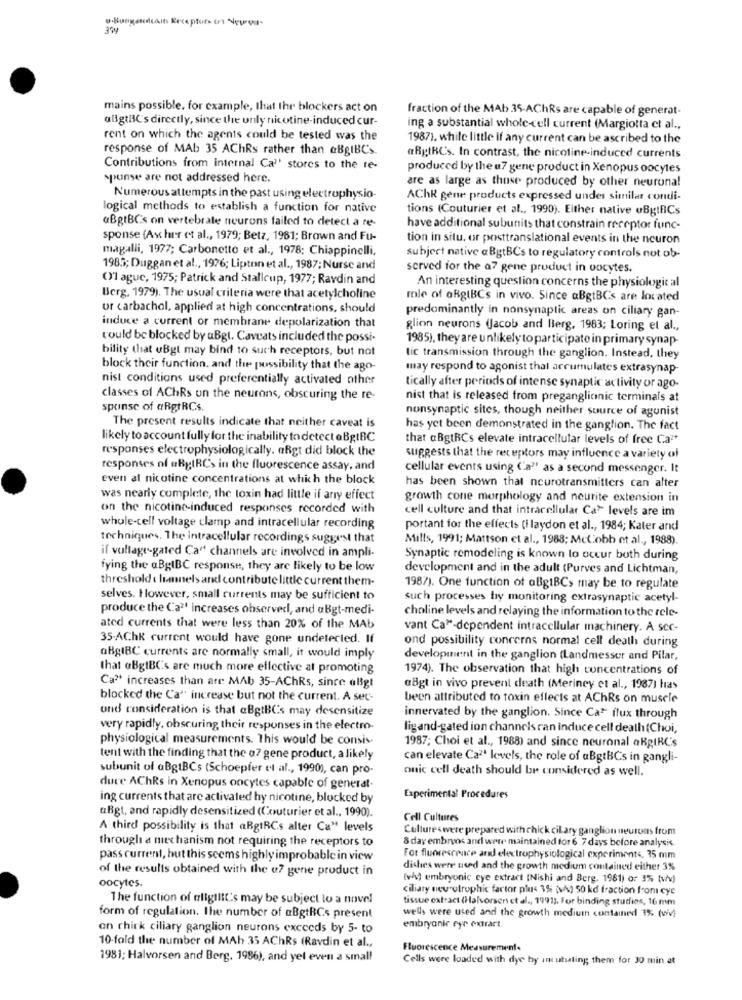
·Bungendrain Receptors ori Neuro-
mains possible, for example, that Ihr blockers act on
fraction of the MAb 35-AChRs are capable of generat-
allgtBC's directly, since the unly nicotine-induced cur-
ing a substantial whole-cell current (Margiotta et al .,
rent on which the agents could be tested was the
1987). while little if any current can be ascribed to the
response of MAb 35 AChRs rather than @BgIBC's.
@RgIRC's. In contrast, the nicotine-induced currents
Contributions from internal Ca'' stores to the re-
produced by the u7 gene product in Xenopus oocytes
spunse are not addressed here.
are as large as thuse produced by other neurona!
Numerous attempts in the past using electrophysio-
AChR gène products expressed under similar condi-
logical methods to establish a function for native
tions (Couturier et al ., 1990). Either native uBgInCs
&BgtBCs on vertebrate neurons failed to detect a re-
have additional subunits that constrain receptor func-
sponse (Ax her et al ., 1979; Betz, 1981; Brown and Fu-
tion in situ. or posttranslational events in the neuron
magalli, 1977; Carbonetto et al ., 1978: Chiappinelli,
subject native aBgtBCs to regulatory controls not ob-
1985; Duggan et al ., 1976; Lipton et al ., 1987; Nurse and
served for the a? gene product in vocytes.
()1 ague, 1975; Patrick and Stallcup, 1977; Ravdin and
An interesting question concerns the physiologic al
Berg, 1979). The usual criteria were that acetylcholine
role of aRgtBCs in vivo. Since aBgtBCs are located
or carbachol, applied at high concentrations, should
predominantly in nonsynaptic areas on ciliary gan-
induce a current or membrane depolarization that
glion neurons (Jacob and Berg, 1983; Loring et al .,
could be blocked by aBgt. Caveats included the possi-
1985), they are unlikely to participate in primary synap-
bility that uBgt may bind to such receptors, but not
tic transmission through the ganglion. Instead, they
block their function. and the possibility that the ago-
may respond to agonist thal accumulates extrasynap
nist conditions used preferentially activated other
tically after periods of intense synaptic activity or ago-
classes of AChRs on the neurons, obscuring the re-
nist that is released from preganglionic terminals at
spunse of @RgtRCs.
nunsynaptic sites, though neither source of agunist
The present results indicate that neither caveat is
has yet been demonstrated in the ganglion. The fact
likely to account fully for the inability to detect eBgIBC
that aBgtRCs elevate intracellular levels of free Ca"
responses electrophysiologically. afgt did block the
suggests that the receptors may influence a variety of
responses of uBgIRCs in the fluorescence assay, and
cellular events using ('a" as a second messenger. It
even at nicotine concentrations at which the block
has been shown that neurotransmitters can alter
was nearly complete, the toxin had little if arry effect
growth cone morphology and neurite extension in
on the nicotine-induced responses recorded with
cell culture and that intracellular Ca> levels are im
whole-cell voltage clamp and intracellular recording
portant for the effects (i laydon et al ., 1984; Kater and
techniques. The intracellular recordings suggest that
Mills, 1991; Mattson et al ., 1988; Mel.obb et al ., 1988).
if vullage-gated Ca" channels are involved in ampli-
Synaptic remodeling is known to occur both during
fying the aBgIBC response, they are likely to be low
development and in the adult (Purves and Lichtman,
threshold t lannels and contribute little current them-
1987). One function of aBgtBCs may be to regulate
selves. However, small currents may be sufficient to
such processes by monitoring extrasynaptic acetyl-
produce the Ca?' increases observed, and aBgt-medi-
choline levels and relaying the information to the rele-
ated currents that were less than 20% of the MAb
vant Ca"-dependent intracellular machinery. A sec-
35-AChK current would have gone undetected. If
ond possibility concerns normal cell death during
aBgIBC currents are normally small, it would imply
development in the ganglion (Landmesser and Pilar,
that aBgIBC's are much more effective at promoting
1974). The observation that high concentrations of
Ca" increases than are MAb 35-AChRs, since aligt
aBgt in vivo prevent death (Meriney et al ., 1987) has
blocked the Ca" increase but not the current. A sec-
been attributed to toxin effects at AChRs on muscle
und consideration is that aBgtBCs may desensitize
innervated by the ganglion. Since Ca* flux through
very rapidly, obscuring their responses in the electro-
ligand-gated ion channels ran induce cell death(Choi,
physiological measurements. This would be consis.
1987; Choi et al ., 1988) and since neuronal akgIRC's
tent with the finding that the 07 gene product, a likely
can elevate Ca2' levels, the role of aBgtBCs in gangli-
subunit of aBgtBCs (Schoepfer et al ., 1990), can pro-
onic cell death should be considered as well.
dure AChRs in Xenopus oncytes capable of generat.
ing currents that are activated hy nicotine, blocked by
Experimental Procedures
uBgt, and rapidly desensitized (Couturier et al ., 1990).
Cell Cultures
A third possibility is that aRgtRCs alter Ca" levels
Cultures were prepared with chick ciLary ganglion neurons from
through a mechanism not requiring the receptors to
8 day embryos and were maintained for 6 7 days before analysis
pass current, but this seems highly improbable in view
For fluorescence and electrophysiological experiment‹, 35 mm
of the results obtained with the @7 gene product in
dishes were used and the growth medium contained either 3%
oocytes.
twh) embryonic cye extract (Nishi and Berg. 1961) or 3% (w/w)
ciliary neurotrophic factor plus 1% (v) 50 kd fraction from cye
The function of eligtill's may be subject lo a novel
tissue extract (Halvorsen et al ., 19911. For binding studios, 16 mm
wells were used and the growth mediumn contained 1% (wii)
form of regulation. The number of aBgtRCs present
on chick ciliary ganglion neurons exceeds by 5- to
embryonic eye extract.
10-fold the number of MAh 35 AChRs (Ravdin et al .,
Fluorescence Measurement.
1981; Halvorsen and Berg. 1986), and yet even a small
Cells were loaded with dye by an utaling them for 30 min at